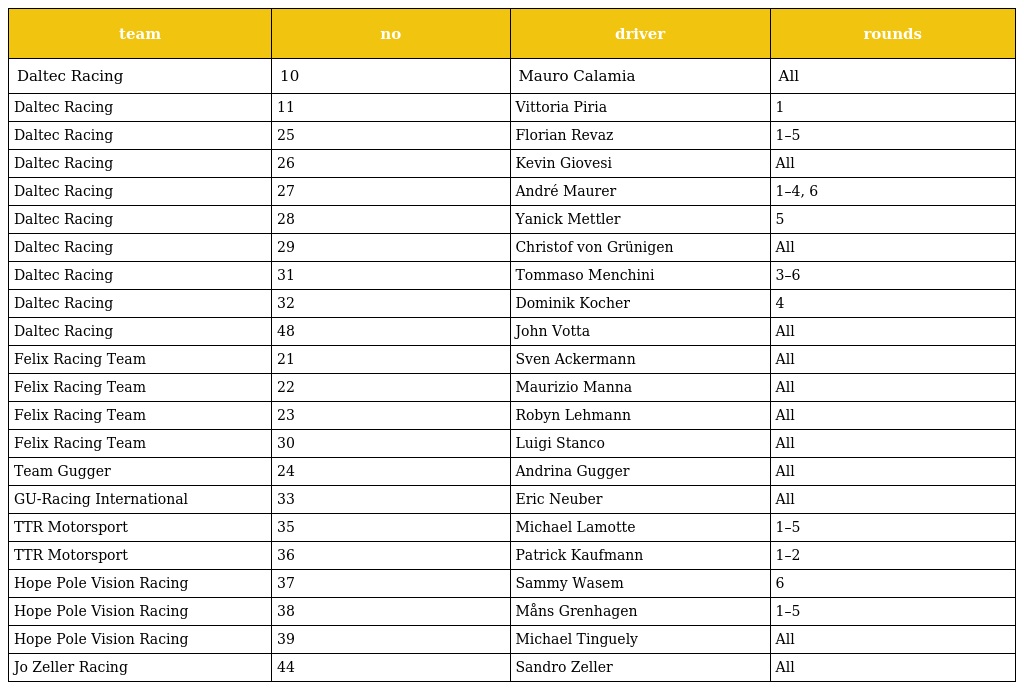
| team | no | driver | rounds |
 | --- | --- | --- | --- |
 | Daltec Racing | 10 | Mauro Calamia | All |
 | Daltec Racing | 11 | Vittoria Piria | 1 |
 | Daltec Racing | 25 | Florian Revaz | 1–5 |
 | Daltec Racing | 26 | Kevin Giovesi | All |
 | Daltec Racing | 27 | André Maurer | 1–4, 6 |
 | Daltec Racing | 28 | Yanick Mettler | 5 |
 | Daltec Racing | 29 | Christof von Grünigen | All |
 | Daltec Racing | 31 | Tommaso Menchini | 3–6 |
 | Daltec Racing | 32 | Dominik Kocher | 4 |
 | Daltec Racing | 48 | John Votta | All |
 | Felix Racing Team | 21 | Sven Ackermann | All |
 | Felix Racing Team | 22 | Maurizio Manna | All |
 | Felix Racing Team | 23 | Robyn Lehmann | All |
 | Felix Racing Team | 30 | Luigi Stanco | All |
 | Team Gugger | 24 | Andrina Gugger | All |
 | GU-Racing International | 33 | Eric Neuber | All |
 | TTR Motorsport | 35 | Michael Lamotte | 1–5 |
 | TTR Motorsport | 36 | Patrick Kaufmann | 1–2 |
 | Hope Pole Vision Racing | 37 | Sammy Wasem | 6 |
 | Hope Pole Vision Racing | 38 | Måns Grenhagen | 1–5 |
 | Hope Pole Vision Racing | 39 | Michael Tinguely | All |
 | Jo Zeller Racing | 44 | Sandro Zeller | All |